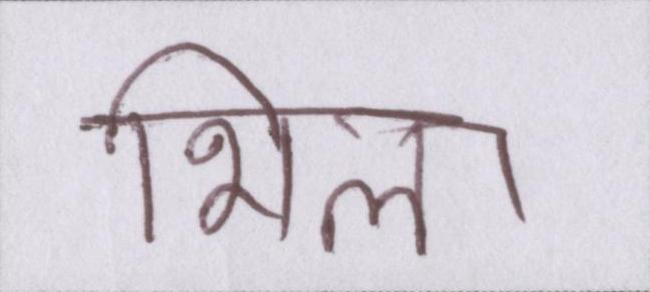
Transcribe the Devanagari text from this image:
शिला